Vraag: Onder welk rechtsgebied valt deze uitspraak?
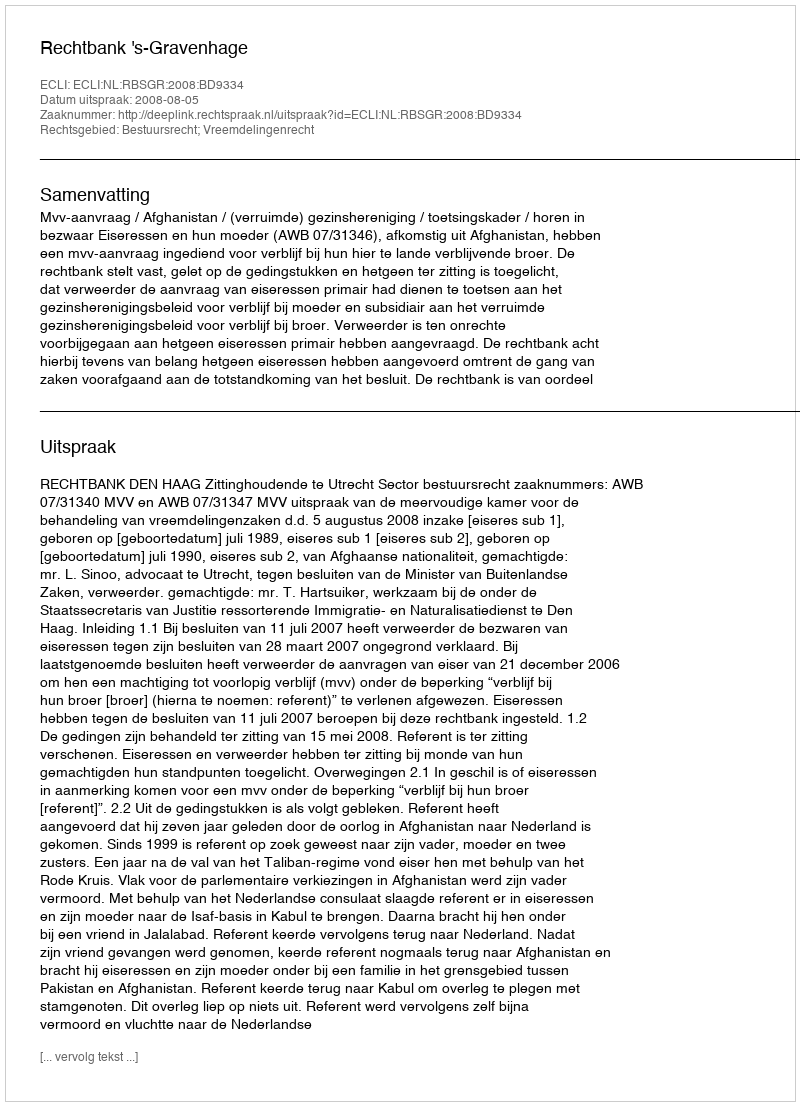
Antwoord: Bestuursrecht; Vreemdelingenrecht